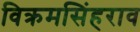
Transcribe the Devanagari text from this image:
विक्रमसिंहराव